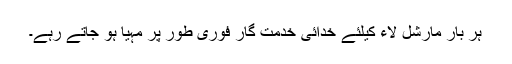
ہر بار مارشل لاء کیلئے خدائی خدمت گار فوری طور پر مہیا ہو جاتے رہے۔